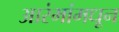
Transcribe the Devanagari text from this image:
आरंभांमधून